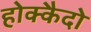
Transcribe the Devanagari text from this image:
होक्कैदो